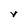
Character: V